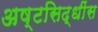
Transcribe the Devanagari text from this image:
अष्टसिद्धींस